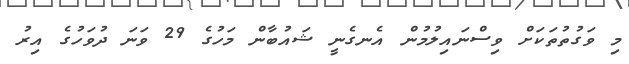
މި ވަގުތުތަކަށް ވިސްނައިލުމުން އެނގެނީ ޝައުބާން މަހުގެ 29 ވަނަ ދުވަހުގެ އިރު